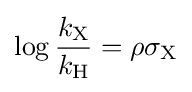
\log {\frac {k_{{\ce {X}}}}{k_{{\ce {H}}}}}=\rho \sigma _{{\ce {X}}}